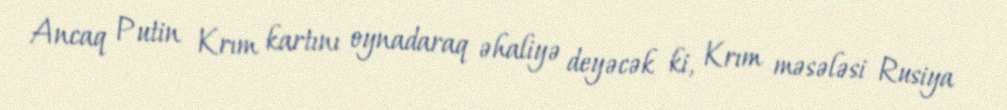
Ancaq Putin Krım kartını oynadaraq əhaliyə deyəcək ki, Krım məsələsi Rusiya